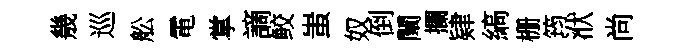
㡬巡舩電掌謫鲛蚩奴倒闡攔肄縞栅筠洑尚